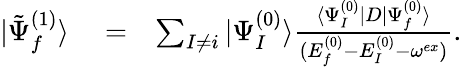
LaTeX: \begin{array}{rlr}{|\tilde{\Psi}_{f}^{(1)}\rangle}&{{}=}&{\sum_{I\ne i}|\Psi_{I}^{(0)}\rangle\frac{\langle\Psi_{I}^{(0)}|D|\Psi_{f}^{(0)}\rangle}{(E_{f}^{(0)}-E_{I}^{(0)}-\omega^{ex})}.}\end{array}